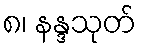
၈၊ နန္ဒသုတ်